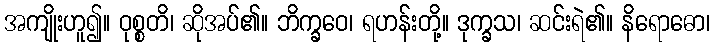
အကျိုးဟူ၍။ ဝုစ္စတိ၊ ဆိုအပ်၏။ ဘိက္ခဝေ၊ ရဟန်းတို့။ ဒုက္ခသ၊ ဆင်းရဲ၏။ နိရောဓော၊